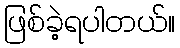
ဖြစ်ခဲ့ရပါတယ်။